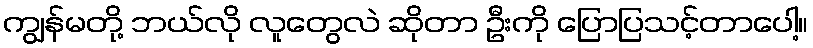
ကျွန်မတို့ ဘယ်လို လူတွေလဲ ဆိုတာ ဦးကို ပြောပြသင့်တာပေါ့။